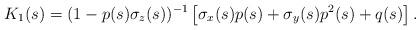
LaTeX: \begin{align*}K_{1}(s)=(1-p(s)\sigma_{z}(s))^{-1}\left[ \sigma_{x}(s)p(s)+\sigma_{y}(s)p^{2}(s)+q(s)\right] . \end{align*}